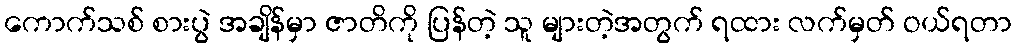
ကောက်သစ် စားပွဲ အချိန်မှာ ဇာတိကို ပြန်တဲ့ သူ များတဲ့အတွက် ရထား လက်မှတ် ဝယ်ရတာ